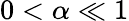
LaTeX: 0<\alpha\ll 1